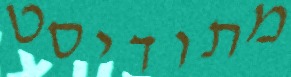
מתודיסט